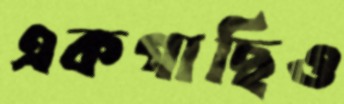
একগাছিও